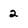
Character: 2